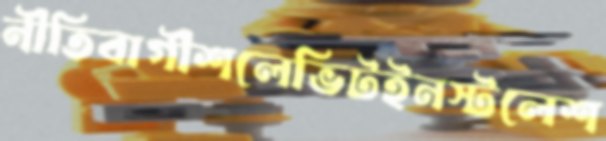
নীতিবাগীশলেভিটইনস্টলেশ